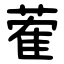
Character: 蒮